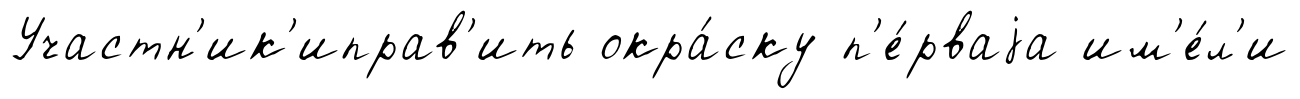
Участн'ик'иправ'ить окра́ску п'е́рваjа им'е́л'и